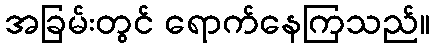
အခြမ်းတွင် ရောက်နေကြသည်။